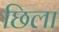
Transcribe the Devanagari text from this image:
छिला